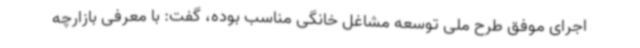
اجرای موفق طرح ملی توسعه مشاغل خانگی مناسب بوده، گفت: با معرفی بازارچه